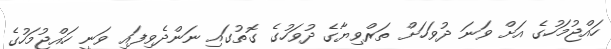
ހައްޖުމަހުގެ އަށް ވަނަ ދުވަހަށް ތަރްވިޔާގެ ދުވަހުގެ ގޮތުގައި ނަންދެވިފައި ވަނީ ހައްޖުމަހުގެ